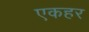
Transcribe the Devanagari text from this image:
एकहर